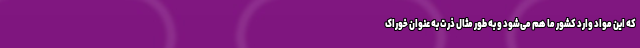
که این مواد وارد کشور ما هم می‌شود و به طور مثال ذرت به عنوان خوراک